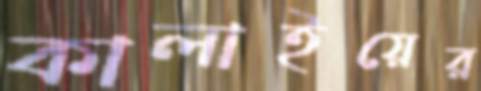
কালাইয়ের